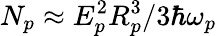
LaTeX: N_{p}\approx E_{p}^{2}R_{p}^{3}/3\hbar\omega_{p}